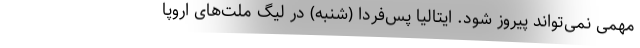
مهمی نمی‌تواند پیروز شود. ایتالیا پس‌فردا (شنبه) در لیگ ملت‌های اروپا